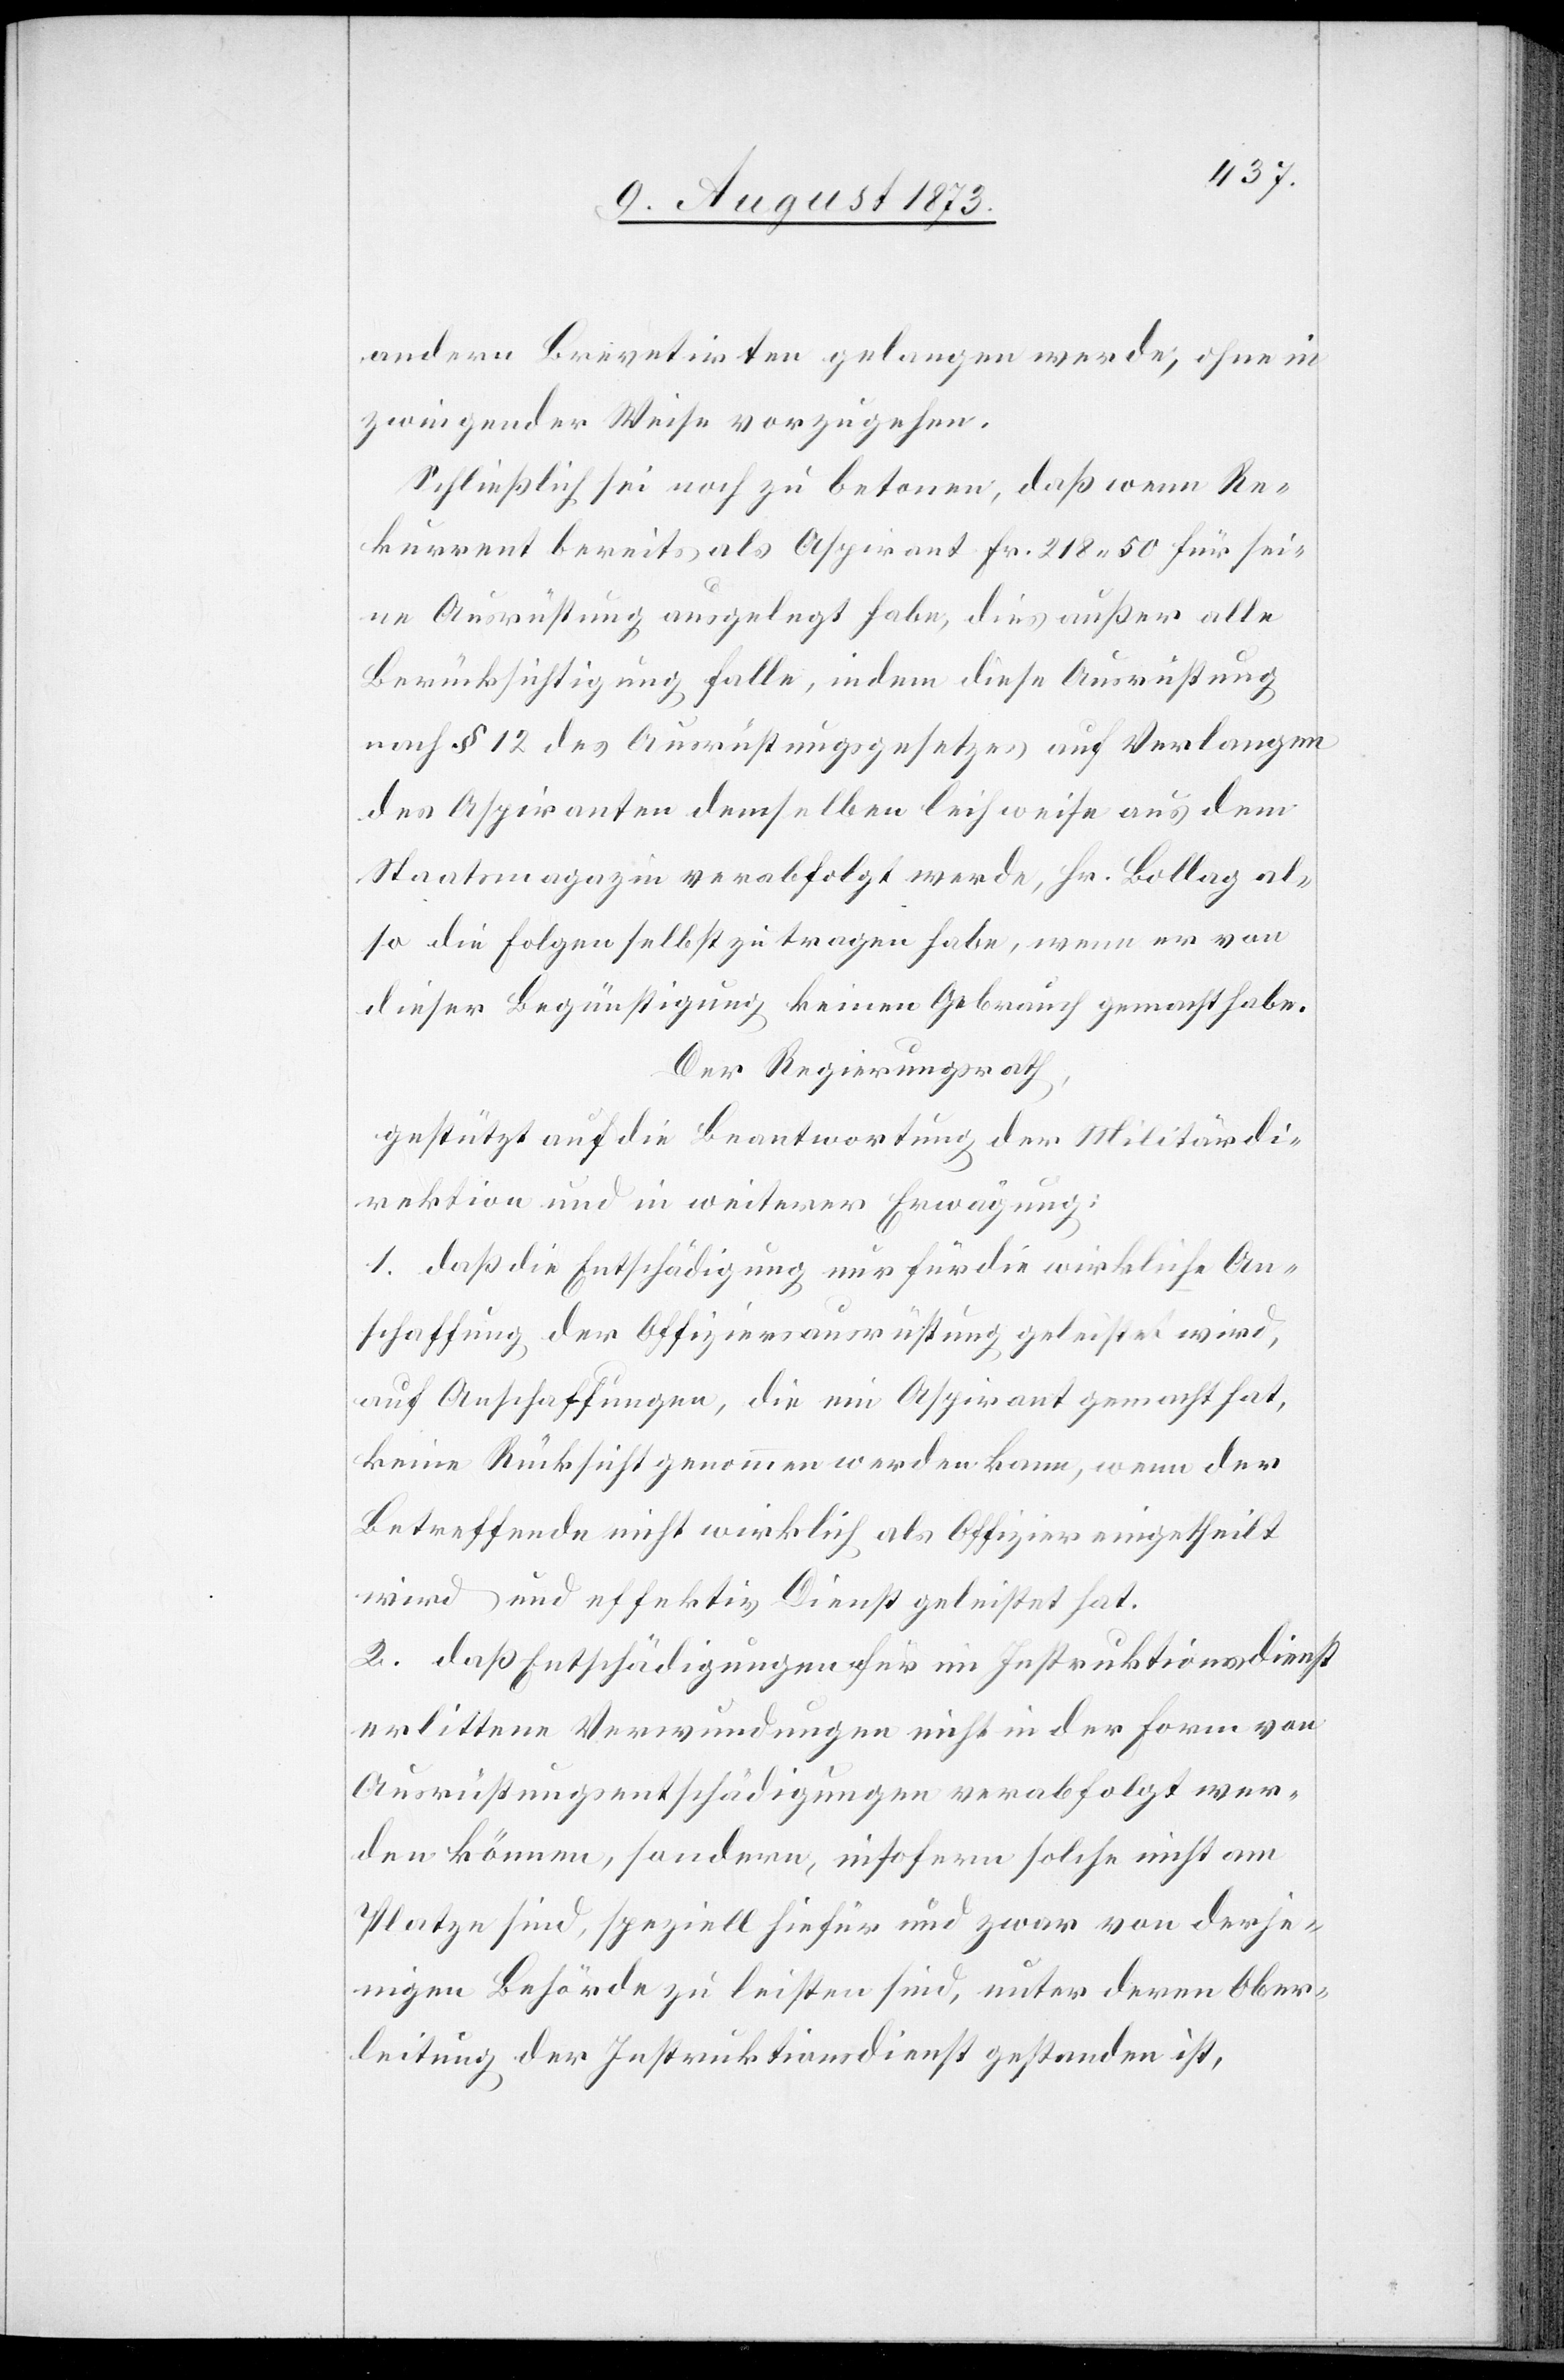
andern Brevetirten gelangen werde, ohne in
zwingender Weise vorzugehen.
Schließlich sei noch zu betonen, daß wenn Re¬
kurrent bereits als Aspirant Fr. 218 50 für sei¬
ne Ausrüstung ausgelegt habe, dies außer alle
Berücksichtigung falle, indem diese Ausrüstung
nach § 12 des Ausrüstungsgesetzes auf Verlangen
des Aspiranten demselben leihweise aus dem
Staatsmagazin verabfolgt werde, Hr. Bollag al¬
so die Folgen selbst zu tragen habe, wenn er von
dieser Begünstigung keinen Gebrauch gemacht habe.
Der Regierungsrath,
gestützt auf die Beantwortung der Militärdi¬
rektion und in weiterer Erwägung:
1. daß die Entschädigung nur für die wirkliche An¬
schaffung der Offiziersausrüstung geleistet wird,
auf Anschaffungen, die ein Aspirant gemacht hat,
keine Rücksicht genommen werden kann, wenn der
Betreffende nicht wirklich als Offizier eingetheilt
wird und effektiv Dienst geleistet hat.
2. daß Entschädigungen für im Instruktionsdienst
erlittene Verwundungen nicht in der Form von
Ausrüstungsentschädigungen verabfolgt wer¬
den können, sondern, insofern solche nicht am
Platze sind, speziell hiefür und zwar von derje¬
nigen Behörde zu leisten sind, unter deren Ober¬
leitung der Instruktionsdienst gestanden ist,